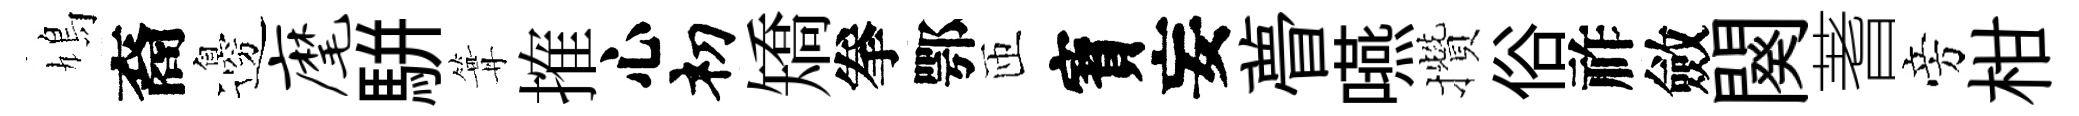
鳩裔邊麾駢篝搉心𥘉矯拳鄂匝寳妄瞢嚥攢俗祚斂闋蓍旁柑